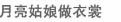
月亮姑娘做衣裳